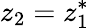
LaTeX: z_{2}=z_{1}^{*}